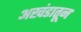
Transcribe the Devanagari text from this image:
अखंडातून